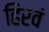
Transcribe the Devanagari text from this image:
हिरवं